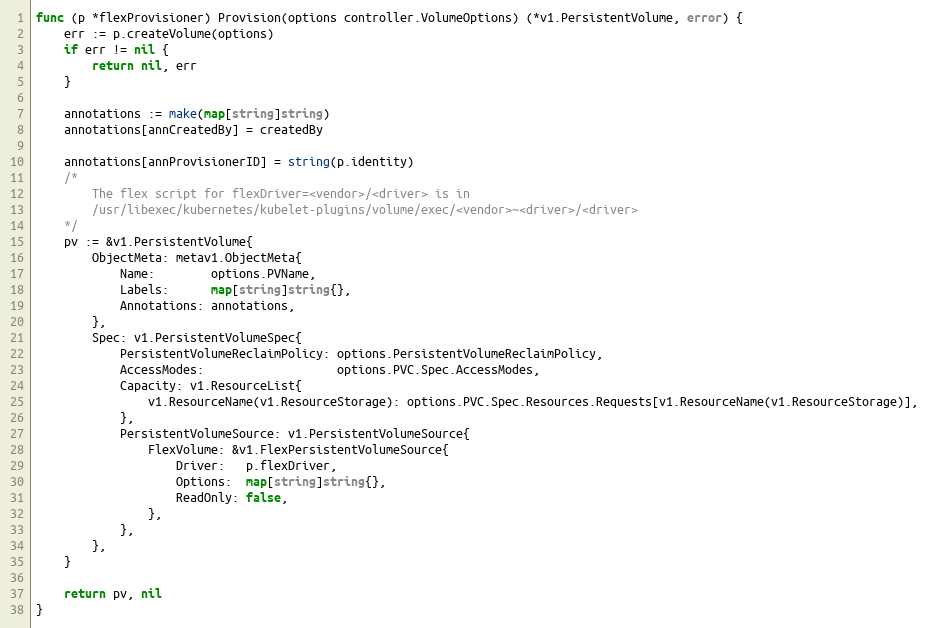
Language: Go
func (p *flexProvisioner) Provision(options controller.VolumeOptions) (*v1.PersistentVolume, error) {
	err := p.createVolume(options)
	if err != nil {
		return nil, err
	}

	annotations := make(map[string]string)
	annotations[annCreatedBy] = createdBy

	annotations[annProvisionerID] = string(p.identity)
	/*
		The flex script for flexDriver=<vendor>/<driver> is in
		/usr/libexec/kubernetes/kubelet-plugins/volume/exec/<vendor>~<driver>/<driver>
	*/
	pv := &v1.PersistentVolume{
		ObjectMeta: metav1.ObjectMeta{
			Name:        options.PVName,
			Labels:      map[string]string{},
			Annotations: annotations,
		},
		Spec: v1.PersistentVolumeSpec{
			PersistentVolumeReclaimPolicy: options.PersistentVolumeReclaimPolicy,
			AccessModes:                   options.PVC.Spec.AccessModes,
			Capacity: v1.ResourceList{
				v1.ResourceName(v1.ResourceStorage): options.PVC.Spec.Resources.Requests[v1.ResourceName(v1.ResourceStorage)],
			},
			PersistentVolumeSource: v1.PersistentVolumeSource{
				FlexVolume: &v1.FlexPersistentVolumeSource{
					Driver:   p.flexDriver,
					Options:  map[string]string{},
					ReadOnly: false,
				},
			},
		},
	}

	return pv, nil
}